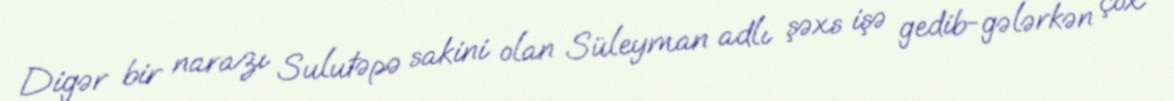
Digər bir narazı Sulutəpə sakini olan Süleyman adlı şəxs işə gedib-gələrkən çox